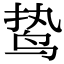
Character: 鸷